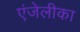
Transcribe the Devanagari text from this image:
एंजेलीका